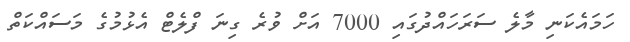
ހަމައެކަނި މާލެ ސަރަހައްދުގައި 7000 އަށް ވުރެ ގިނަ ފްލެޓް އެޅުމުގެ މަސައްކަތް